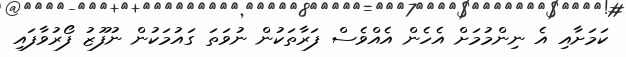
ކަމަށާއި އެ ނިންމުމަށް އެހެން އެއްވެސް ފަރާތަކުން ނުވަތަ ގައުމަކުން ނުފޫޒު ފޯރުވާފައި